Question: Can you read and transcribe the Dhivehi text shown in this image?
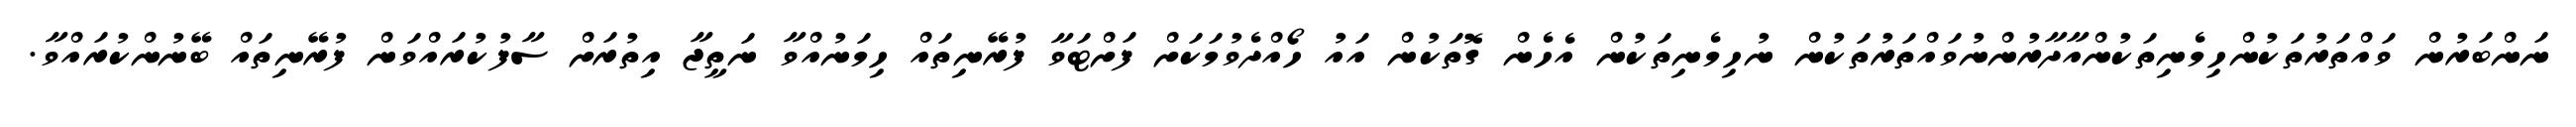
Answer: ނަންބަރުން ވައްތަރުތަކުންހިމެނިތަކުންއާދާރުންނުވައްތަރުތަކުން ނުހިމެނިތަކުން އެހެން ގޮތަކުން އައު ހޯއްދެވުމަކަށް ފަށްޓަވާ ފުރޭނިތައް ހިމަނުއްވާ ނަތީޖާ އިތުރަށް ސާފުކުރައްވަން ފުރޭނިތައް ބޭނުންކުރައްވާ.